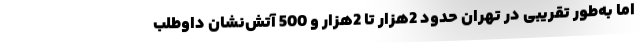
اما به‌طور تقریبی در تهران حدود 2هزار تا 2هزار و 500 آتش‌نشان داوطلب